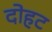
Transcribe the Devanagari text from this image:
दोहट